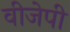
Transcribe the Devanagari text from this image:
वीजेपी